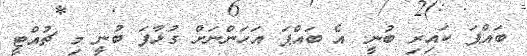
ބައްޕަ ކައިރި ބުނީ. އެ ބައްޕަ އަހަންނަށް ގުޅާފަ ބުނީ މި ޗުއްޓީ